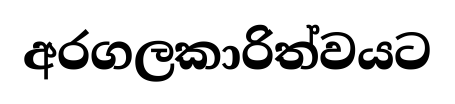
අරගලකාරිත්වයට